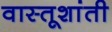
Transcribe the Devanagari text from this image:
वास्तूशांती